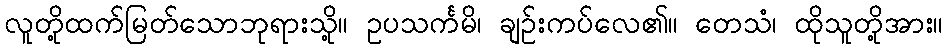
လူတို့ထက်မြတ်သောဘုရားသို့။ ဥပသင်္ကမိ၊ ချဉ်းကပ်လေ၏။ တေသံ၊ ထိုသူတို့အား။